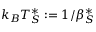
k _ { B } T _ { S } ^ { * } \mathrel { \mathop : } = 1 / \beta _ { S } ^ { * }